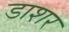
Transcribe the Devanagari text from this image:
डाशर